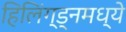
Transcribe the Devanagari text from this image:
हिलिंग्ड्नमध्ये